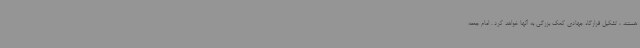
هستند ، تشکیل قرارگاه جهادی کمک بزرگی به آنها خواهد کرد . امام جمعه